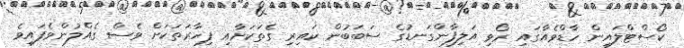
ކޯސްޓްލައިން ހާޑްވެއާގައި ރޯވި އަލިފާންގަނޑުގެ ސަބަބުން ކައިރި ގެތަކަށާއި ފިހާރަތަކަށް ވެސް ގެއްލުންވެފައިވެ